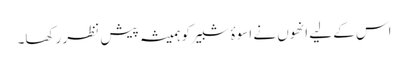
اس کے لیے انھوں نے اسوۂ شبیر کو ہمیشہ پیش نظر رکھا۔